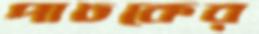
পাচকের